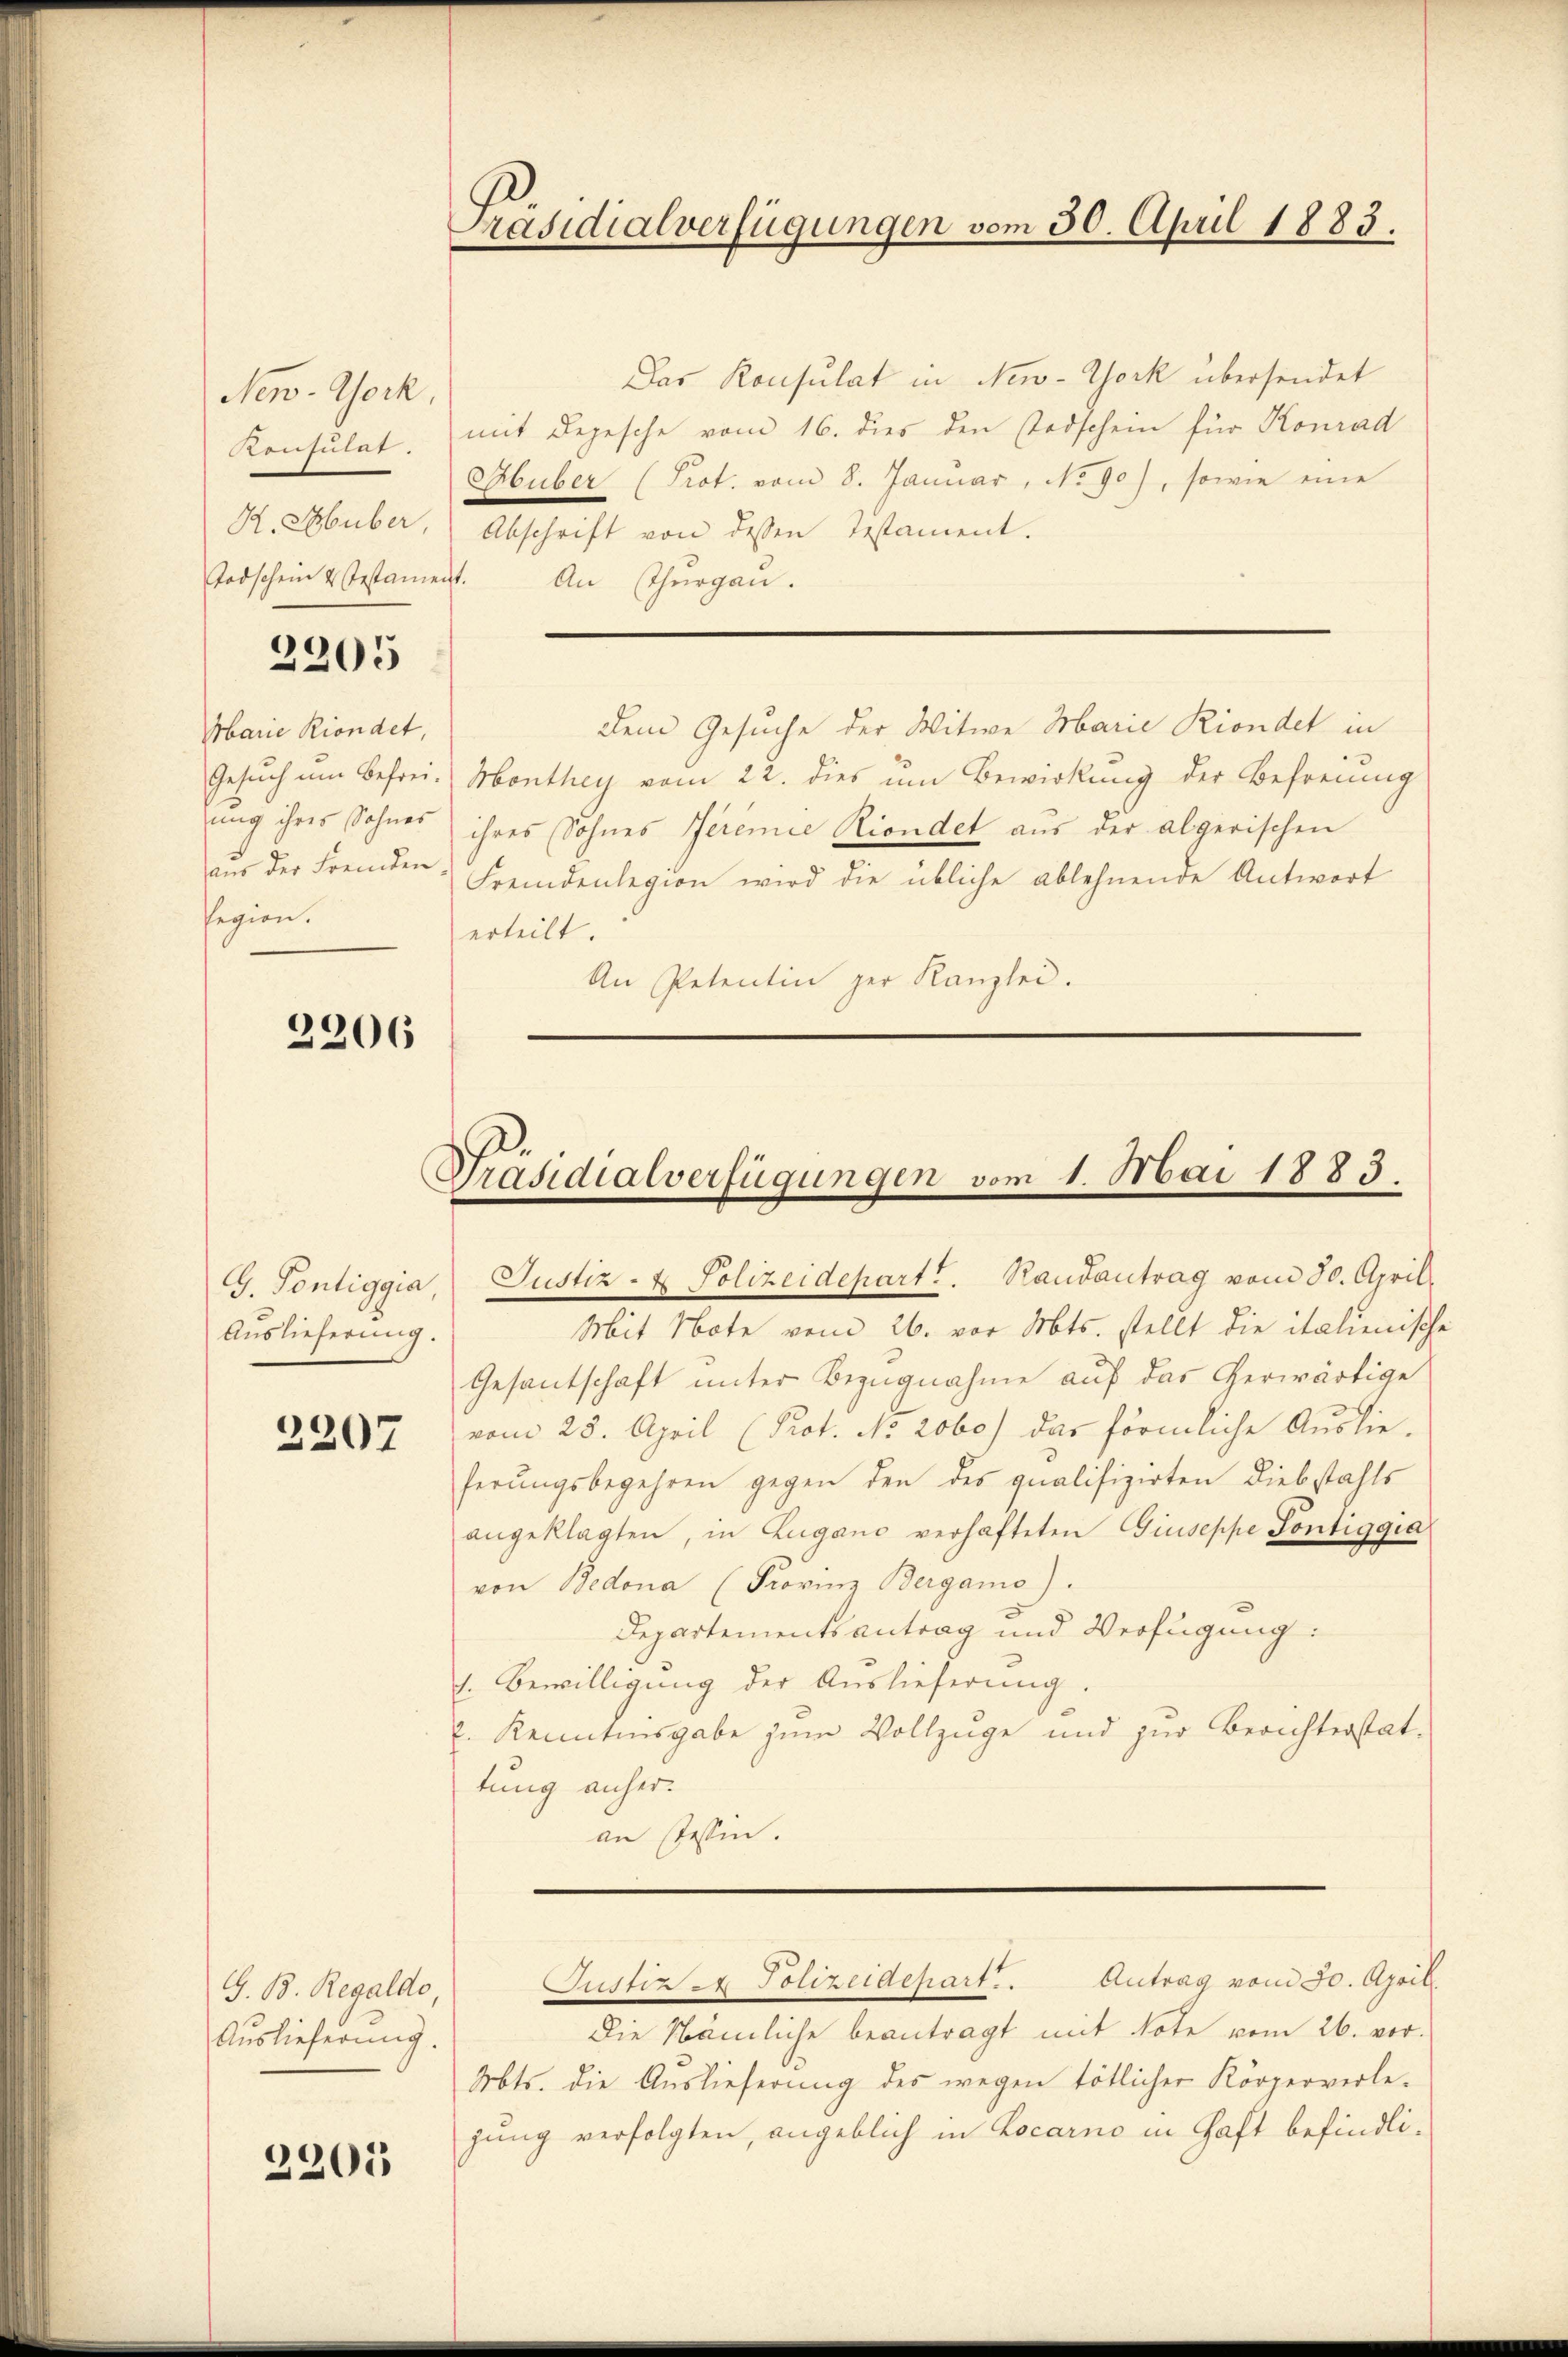
New-York,
Konsulat.
R. Schuber,
Todschein u. Testament.

segion.

2205

Marie Riondet,

2206

G. Pontiggia,
Auslieferung.

2207

G. B. Regaldo
Auslieferung.

2205

Das Konsulat in New-York übersendet
mit Depesche vom 16. dies den Todschein für Konrad
Huber (Prot. vom 8. Januar, No 90), sowie eine
Abschrift von dessen Testament.
An Thurgau.
Dem Gesuche der Witwe Marie Kindet in
Gesŭch um Befrei Monthey vom 22. dies um Bewirkung der Befreung
ung ihres Sohnes ihres Sohnes Jeremie Rindet aus der abgerischen
aŭs der Fremden: Fremdenlegion wird die übliche ablehnende Antwort
erteilt.
An Petentin der Kanzlei.

Präsidialverfügungen vom 30. April 1883.

Präsidialverfügungen vom 1. Mai 1883.
Justiz- & Polizeidepartt. Randantrag vom 30. April.

Mit Note vom 26. vor Mts. stellt die italienische
Gesantschaft unter Bezugnahme auf das herwärtige
vom 28. April (Prot. No. 2060) das förmliche Auslie-
ferungsbegehren gegen den des qualifizirten Diebstahls
angeklagten, in Zugano verhafteten Giuseppe Pontiggia
von Bedona (Frovinz Bergamo).
Departementsantrag und Verfügung:
1. Bewilligung der Auslieferung.
E. Kenntnisgabe zum Vollzuge und zur Berichterstat-
tung anher.
an Tessin.

Justiz & Polizeidepart. Antrag vom 30. April.

Die Nämliche beantragt mit Note vom 26. vor.
Mts. die Auslieferung des wegen tötlicher Körperverle-
gung verfolgten, angeblich in Locarno in Haft befindli¬